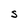
Character: S